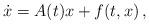
LaTeX: \begin{align*} \dot x = A(t)x+ f(t,x)\,, \end{align*}